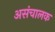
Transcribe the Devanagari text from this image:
असंचालक